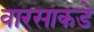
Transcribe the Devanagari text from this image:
वारसाकडे